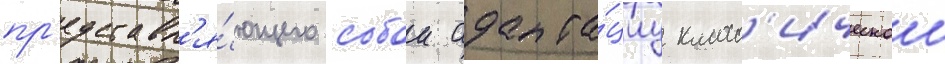
пр'едставл'я́ющего собои адапта́циу класс'ическои